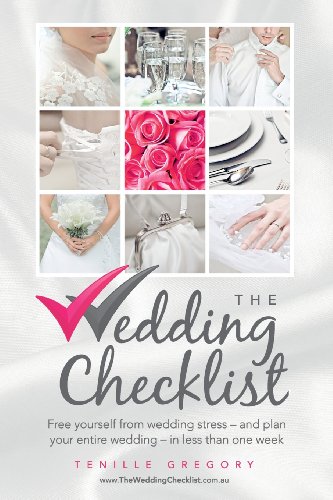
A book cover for The Wedding Checklist: Free yourself from wedding stress - and plan your entire wedding - in less than one week; Tenille Gregory; Crafts, Hobbies & Home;